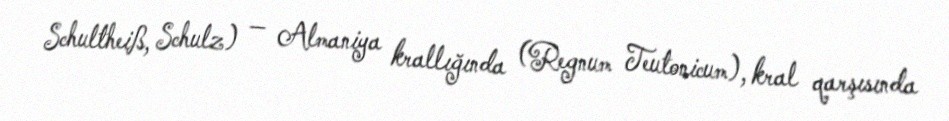
Schultheiß, Schulz) — Almaniya krallığında (Regnum Teutonicum), kral qarşısında